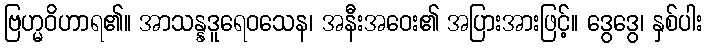
ဗြဟ္မဝိဟာရ၏။ အာသန္နဒူရေဝသေန၊ အနီးအဝေး၏ အပြားအားဖြင့်။ ဒွေဒွေ၊ နှစ်ပါး